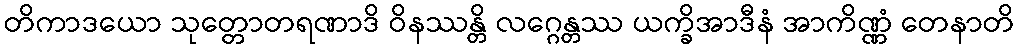
တိကာဒယော သုတ္တောတရဏာဒိ ဝိနဿန္တိ လဂ္ဂေန္တဿ ယက္ခိအာဒီနံ အာကိဏ္ဏံ တေနာတိ